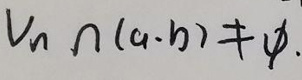
$V_{n}\cap (a,b)\neq\varnothing.$